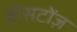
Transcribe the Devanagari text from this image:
बोसटोंज़